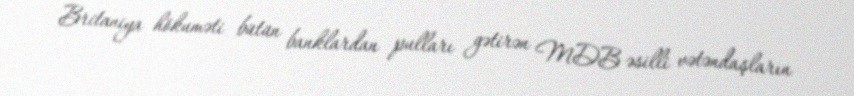
Britaniya hökuməti bütün banklardan pulları gətirən MDB əsilli vətəndaşların